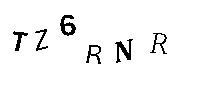
TZ6RNR